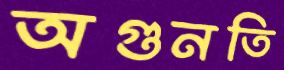
অগুনতি